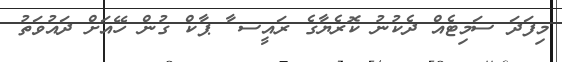
މިފަދަ ސަމިޓެއް ދެކުނު ކޮރެޔާގެ ރައީސ ާ ޕާކް ގުން ހޭއަށް ދައުވަތު